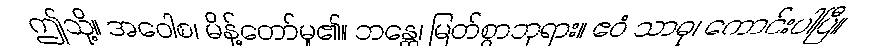
ဤသို့။ အဝေါစ၊ မိန့်တော်မူ၏။ ဘန္တေ၊ မြတ်စွာဘုရား။ ဧဝံ သာဓု၊ ကောင်းပါပြီ။